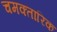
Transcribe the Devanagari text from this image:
चमक्तारिक